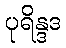
ပုရိန္ဒဒ